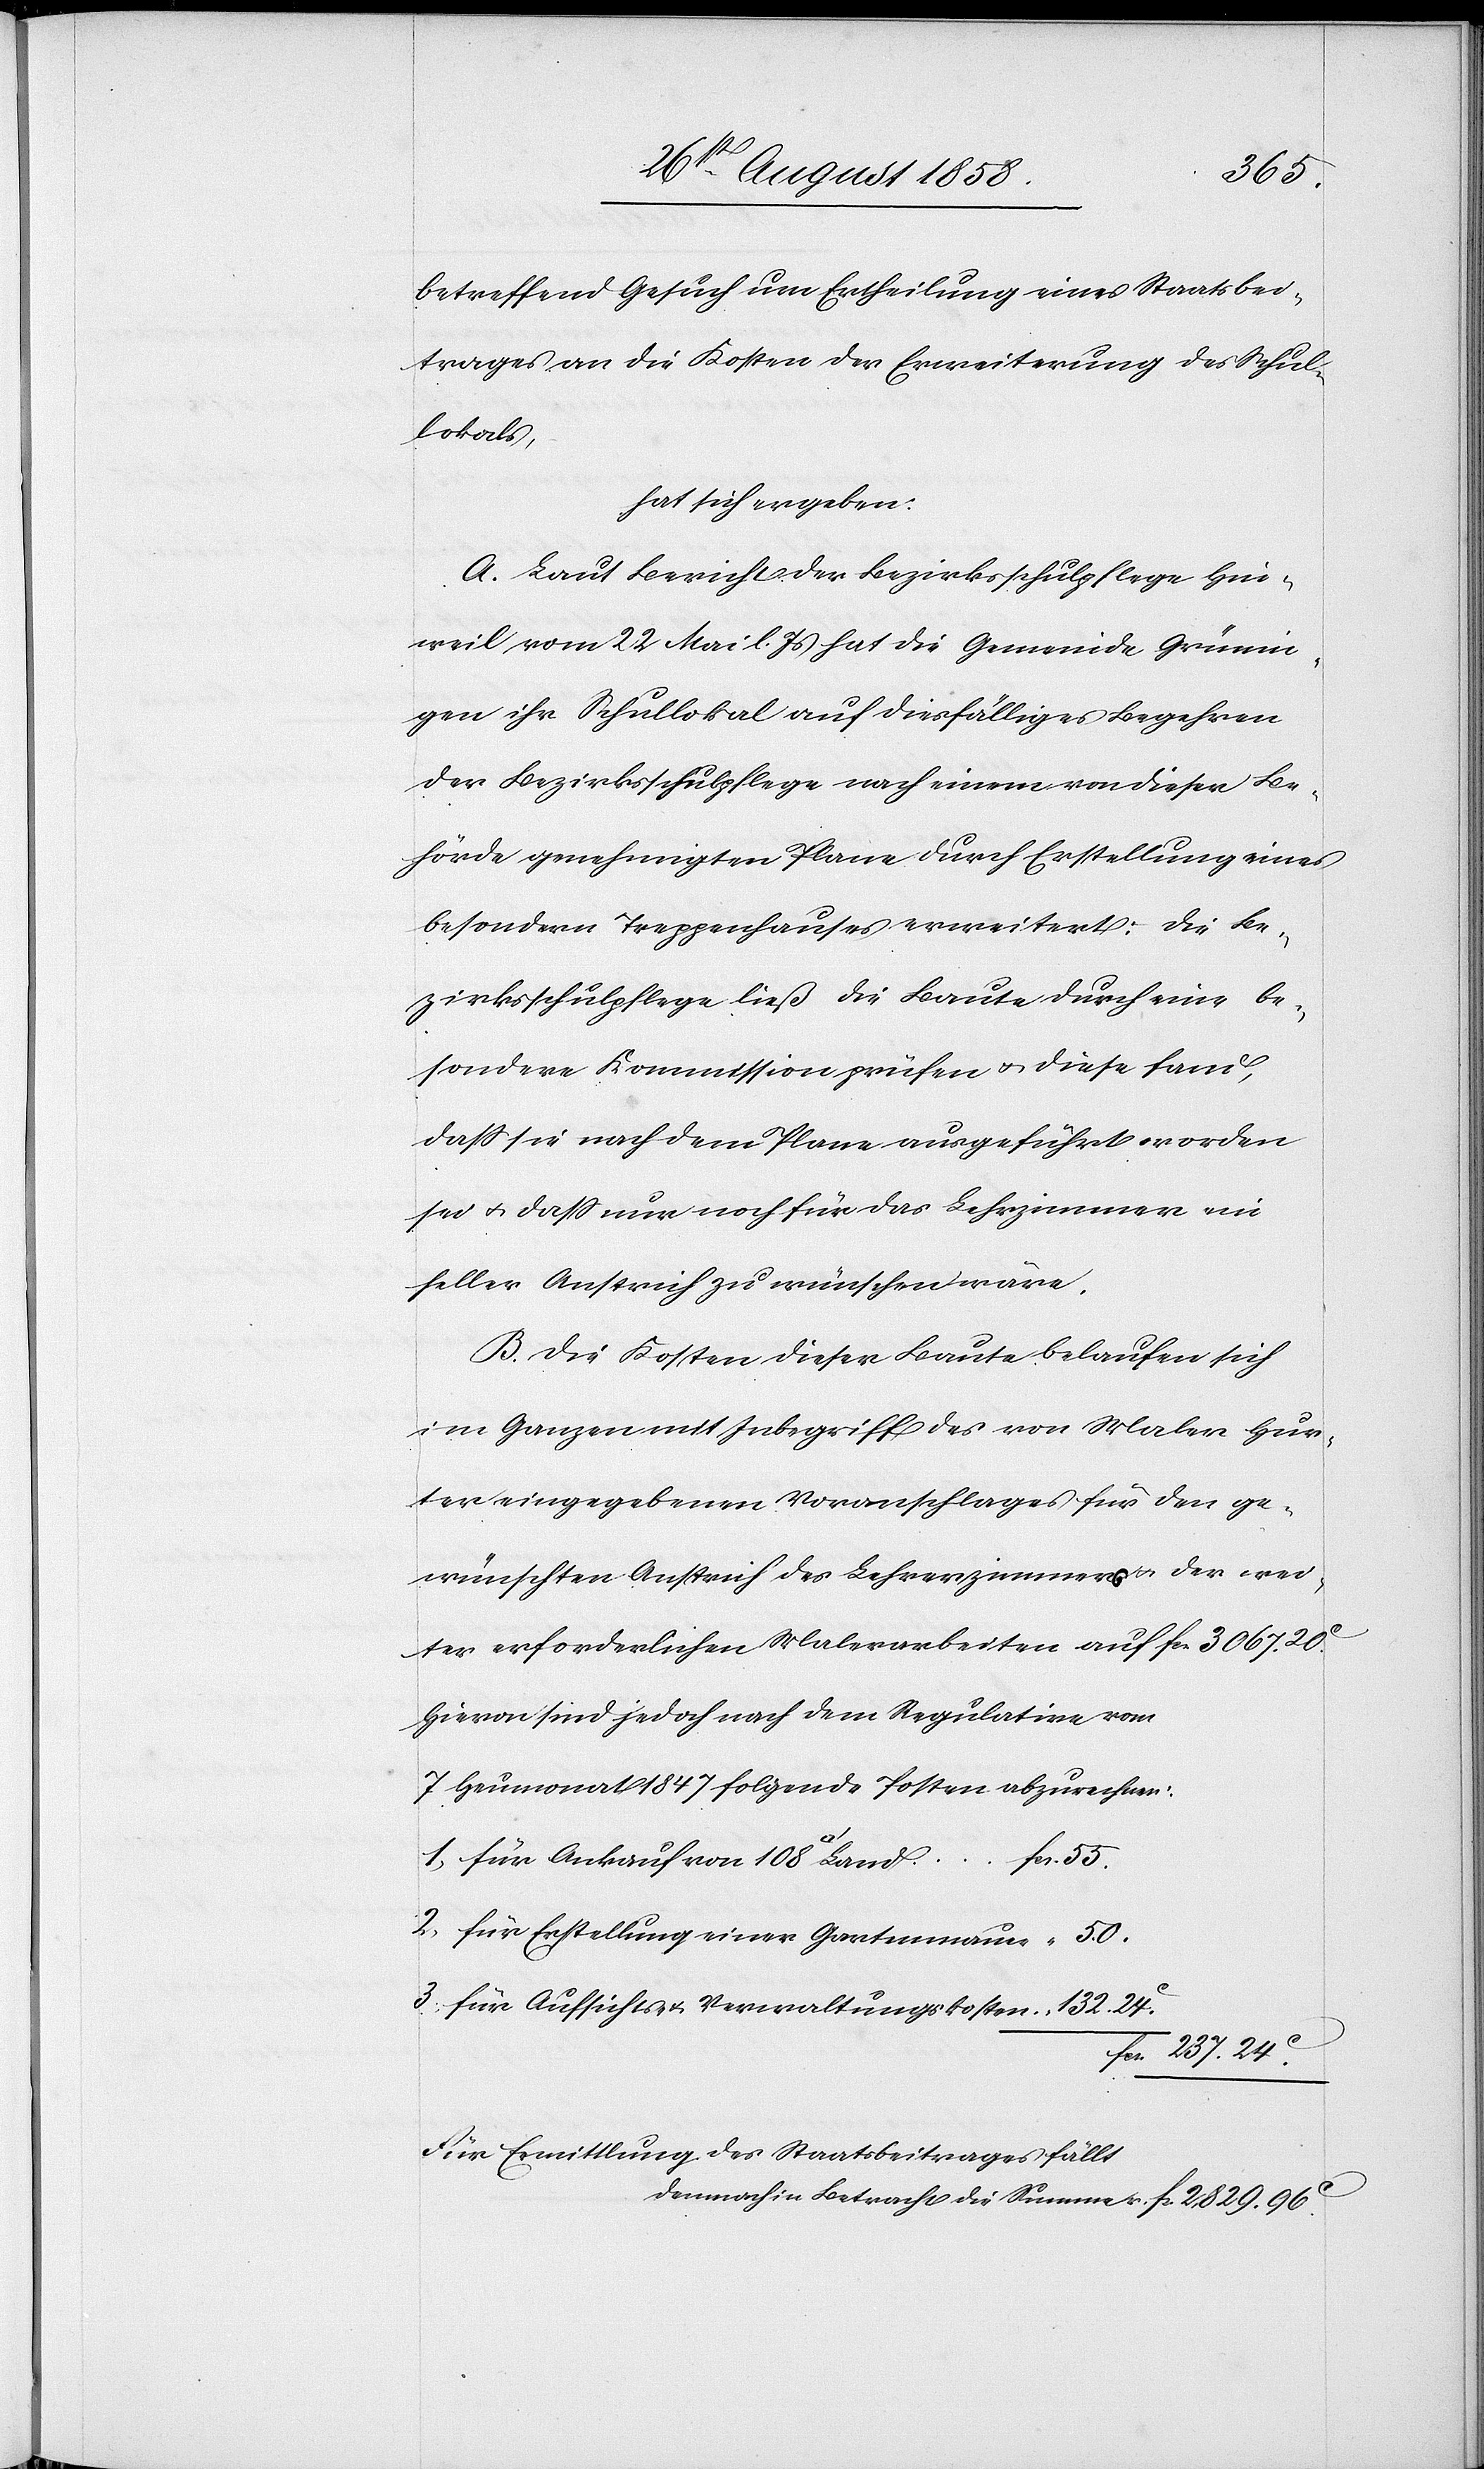
132.
betreffend Gesuch um Ertheilung eines Staatsbei¬
trages an die Kosten der Erweiterung des Schul¬
lokals,
hat sich ergeben:
A. Laut Bericht der Bezirksschulpflege Hin¬
weil vom 22 Mai l. Js hat die Gemeinde Grünin¬
gen ihr Schullokal auf diesfälliges Begehren
der Bezirksschulpflege nach einem von dieser Be¬
hörde genehmigten Plane durch Erstellung eines
besondern Treppenhauses erweitert. Die Be¬
zirksschulpflege ließ die Baute durch eine be¬
sondere Kommission prüfen & diese fand,
dass sie nach dem Plane ausgeführt worden
sei & dass nur noch für das Lehrzimmer ein
heller Anstrich zu wünschen wäre.
B. Die Kosten dieser Baute belaufen sich
im Ganzen mit Inbegriff des von Maler Hur¬
ter eingegebenen Voranschlages für den ge¬
wünschten Anstrich des Lehrerzimmers & der wei¬
Hievon sind jedoch nach dem Regulative vom
7 Heumonat 1847 folgende Posten abzurechnen:
für Erstellung einer Gartenmauer
fcs. 237. 24C.
Für Ermittlung des Staatsbeitrages fällt
demnach in Betracht die Summe v. fcs. 2,829. 96C.

3.